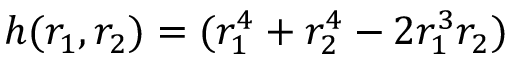
h ( r _ { 1 } , r _ { 2 } ) = ( r _ { 1 } ^ { 4 } + r _ { 2 } ^ { 4 } - 2 r _ { 1 } ^ { 3 } r _ { 2 } )